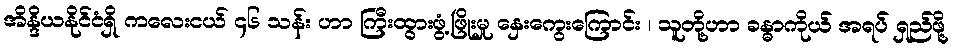
အိန္ဒိယနိုင်ငံရှိ ကလေးငယ် ၄၆ သန်း ဟာ ကြီးထွားဖွံ့ဖြိုးမှု နှေးကွေးကြောင်း ၊ သူတို့ဟာ ခန္ဓာကိုယ် အရပ် ရှည်ဖို့